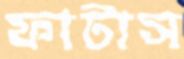
ফাটাস